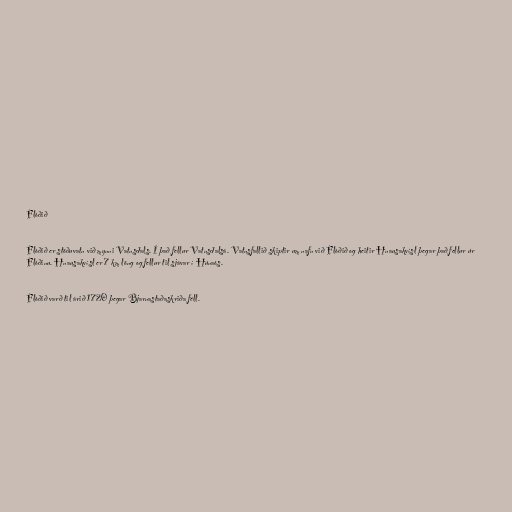
Flóðið

Flóðið er stöðuvatn við mynni Vatnsdals. Í það fellur Vatnsdalsá. Vatnsfallið skiptir um nafn við Flóðið og heitir Hnausakvísl þegar það fellur úr
Flóðinu. Hnausakvísl er 7 km löng og fellur til sjávar í Húnaós.

Flóðið varð til árið 1720 þegar Bjarnastaðaskriða féll.